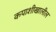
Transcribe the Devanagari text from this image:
कपाशीखालील